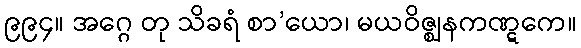
၉၉၄။ အဂ္ဂေ တု သိခရံ စာ’ယော၊ မယဝိဇ္ဈနကဏ္ဋကေ။